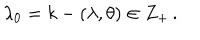
\lambda _ { 0 } = k - ( \lambda , \theta ) \in Z _ { + } \, .